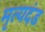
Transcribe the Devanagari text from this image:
मृत्यदंड